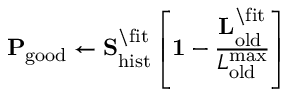
\mathbf { P } _ { \mathrm { g o o d } } \leftarrow \mathbf { S } _ { \mathrm { h i s t } } ^ { \backslash \mathrm { f i t } } \left[ \mathbf { 1 } - \frac { \mathbf { L } _ { \mathrm { o l d } } ^ { \backslash \mathrm { f i t } } } { L _ { \mathrm { o l d } } ^ { \mathrm { m a x } } } \right]